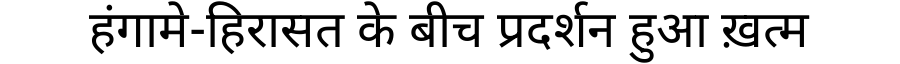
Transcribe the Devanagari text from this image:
हंगामे-हिरासत के बीच प्रदर्शन हुआ ख़त्म